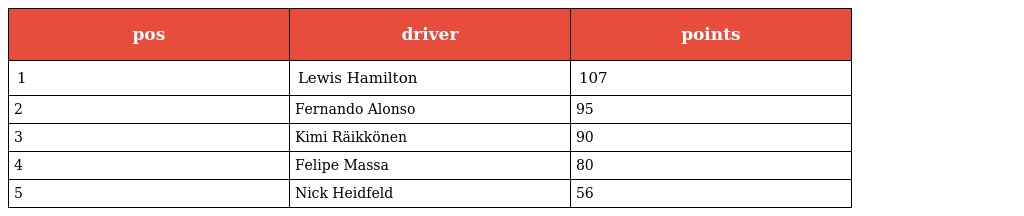
| pos | driver | points |
 | --- | --- | --- |
 | 1 | Lewis Hamilton | 107 |
 | 2 | Fernando Alonso | 95 |
 | 3 | Kimi Räikkönen | 90 |
 | 4 | Felipe Massa | 80 |
 | 5 | Nick Heidfeld | 56 |